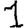
Digit: 1